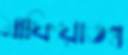
মাফিয়াতন্ত্র